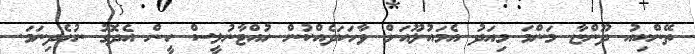
ތޭންކިއު ދޫންޏާ މަންމަ މިއަދު އެމައުލޫއަށް ވާހަކަދެއްކުން ހުއްޓާނުލީސް ހީން އެދޮގު ނުހެދިނަމަ.